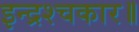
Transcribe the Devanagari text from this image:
इन्द्रश्चकार॥